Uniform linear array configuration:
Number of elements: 4
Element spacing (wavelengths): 0.75
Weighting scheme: binomial
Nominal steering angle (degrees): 60
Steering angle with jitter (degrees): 58.41
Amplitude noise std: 0.05
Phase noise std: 0.05

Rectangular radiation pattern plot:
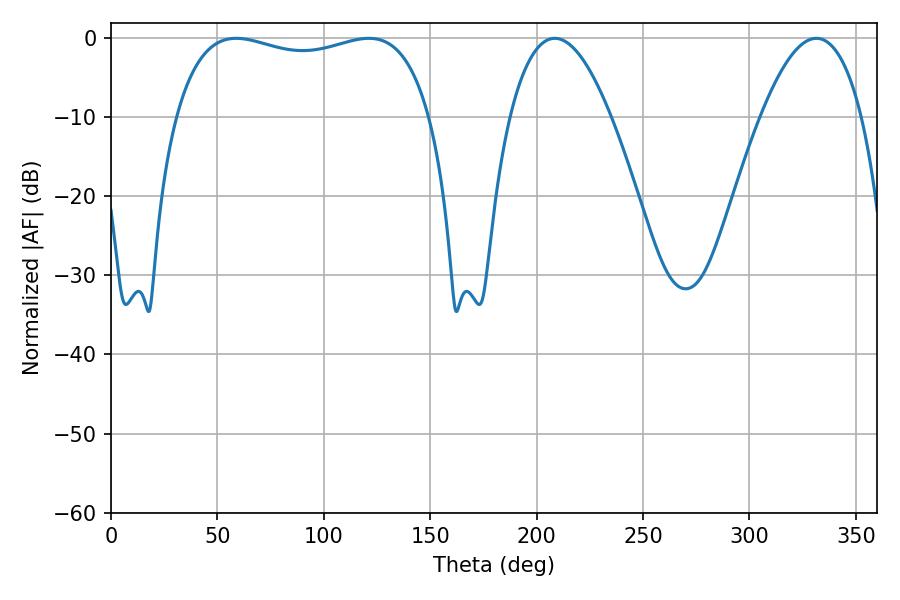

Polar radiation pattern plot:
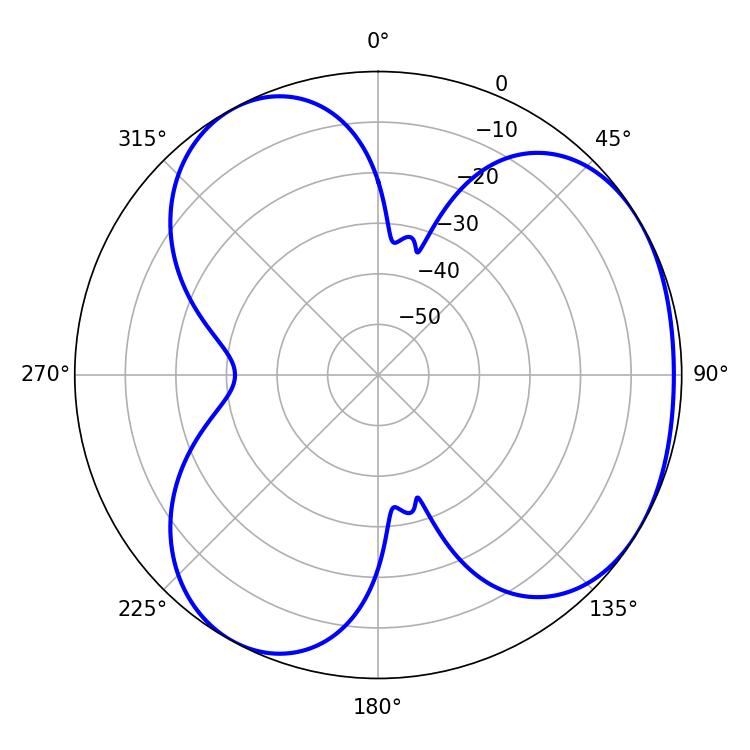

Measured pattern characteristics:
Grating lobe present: TRUE
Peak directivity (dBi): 3.784
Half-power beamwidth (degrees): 97.56
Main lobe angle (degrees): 58.86